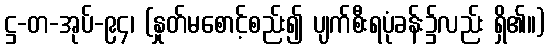
ဋ္ဌ-တ-အုပ်-၉၄၊ (နှုတ်မစောင့်စည်း၍ ပျက်စီးရပုံခန်း၌လည်း ရှိ၏။)